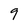
Character: 9